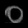
Digit: ၀